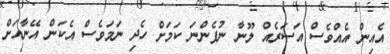
އެއިން އެއްވެސް އަސަރެއް ލޫނާ ނުފެންނަ ކަމަށް ހެދި ނަމަވެސް އެކަން އޭނާއަށް